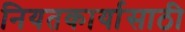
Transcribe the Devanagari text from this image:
नियतकार्यासाठी